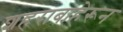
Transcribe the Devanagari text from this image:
शहराबाहेरून